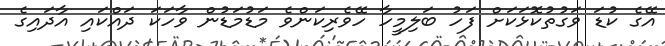
އޭގެ ކުޑަ ވަގުތުކޮޅަކަށް ފަހު ބަލިމީހާ ހޭވެރިކަންވެ މަޑުމަޑުން ވާހަކަ ދައްކައި އާދައިގެ